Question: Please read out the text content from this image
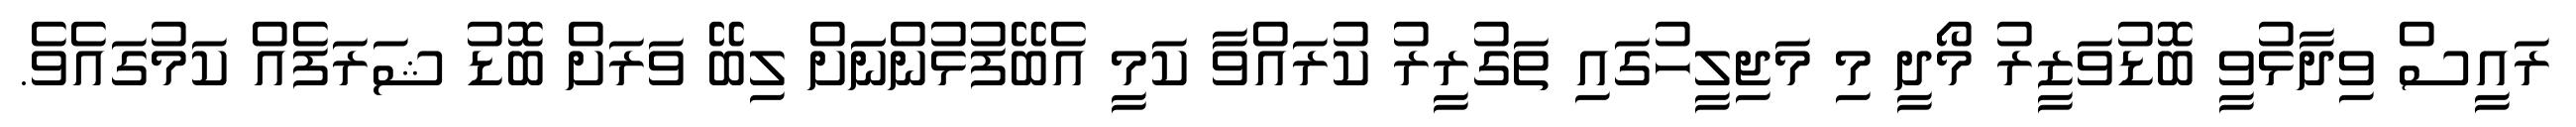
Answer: ރައީސް ވިދާޅުވީ ބޮޑުވަޒީރު މޯދީ މި މަޖިލީހުގައި ތަގުރީރު ކުރައްވާ ކަމީ އެބޭފުޅުންނަަށް ލިބޭ ވަރަށް ބޮޑު ޝަރަފެއް ކަމުގައެވެ.